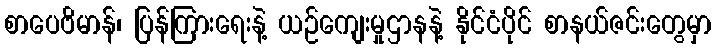
စာပေဗိမာန်၊ ပြန်ကြားရေးနဲ့ ယဉ်ကျေးမှုဌာနနဲ့ နိုင်ငံပိုင် စာနယ်ဇင်းတွေမှာ